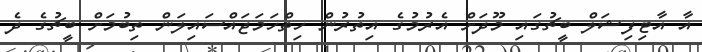
އާ އާޓިފިޝަލް ބީޗުގައި މޫދަށް އެރުމުގެ އިތުރުން ހިތްހަމަޖައްސައިލަން ތިބުމަށް ބީޗުގެ ދެ